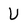
Character: U